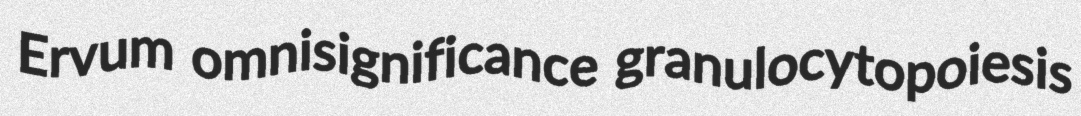
Ervum omnisignificance granulocytopoiesis